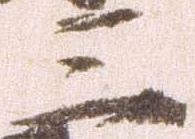
三